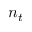
n _ { t }